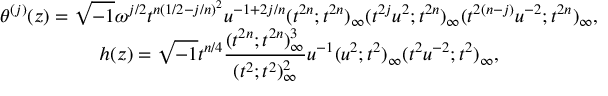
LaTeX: \begin{array} { c } { { \theta ^ { ( j ) } ( z ) = \sqrt { - 1 } \omega ^ { j / 2 } t ^ { n ( 1 / 2 - j / n ) ^ { 2 } } u ^ { - 1 + 2 j / n } ( t ^ { 2 n } ; t ^ { 2 n } ) _ { \infty } ( t ^ { 2 j } u ^ { 2 } ; t ^ { 2 n } ) _ { \infty } ( t ^ { 2 ( n - j ) } u ^ { - 2 } ; t ^ { 2 n } ) _ { \infty } , } } \\ { { h ( z ) = \sqrt { - 1 } t ^ { n / 4 } \displaystyle \frac { ( t ^ { 2 n } ; t ^ { 2 n } ) _ { \infty } ^ { 3 } } { ( t ^ { 2 } ; t ^ { 2 } ) _ { \infty } ^ { 2 } } u ^ { - 1 } ( u ^ { 2 } ; t ^ { 2 } ) _ { \infty } ( t ^ { 2 } u ^ { - 2 } ; t ^ { 2 } ) _ { \infty } , } } \end{array}